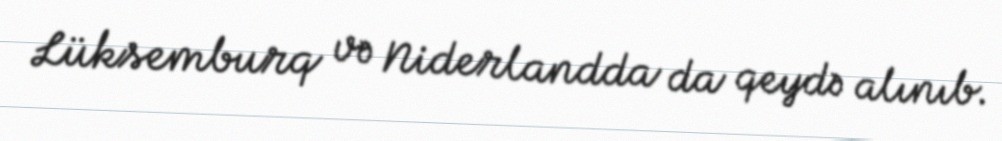
Lüksemburq və Niderlandda da qeydə alınıb.